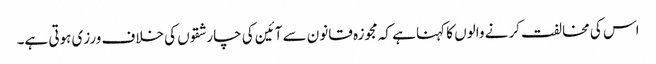
اس کی مخالفت کرنے والوں کا کہنا ہے کہ مجوزہ قانون سے آئین کی چار شقوں کی خلاف ورزی ہوتی ہے۔